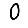
Digit: 0